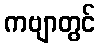
ကဗျာတွင်